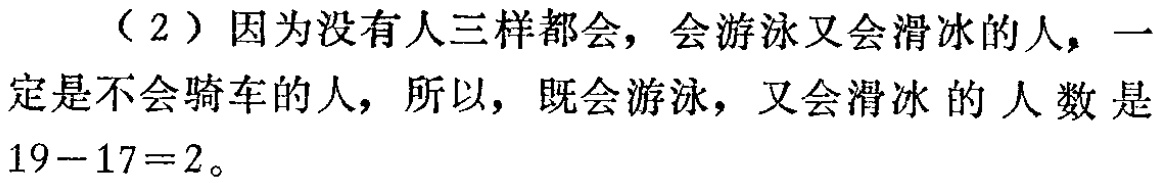
（2）因为没有人三样都会，会游泳又会滑冰的人，一定是不会骑车的人，所以，既会游泳，又会滑冰的人数是\(19 - 17 = 2\)。